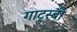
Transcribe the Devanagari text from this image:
गाट्स्बी